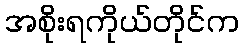
အစိုးရကိုယ်တိုင်က